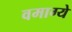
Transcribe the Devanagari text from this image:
वमाग्ये